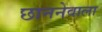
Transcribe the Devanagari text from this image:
छाननेवाला